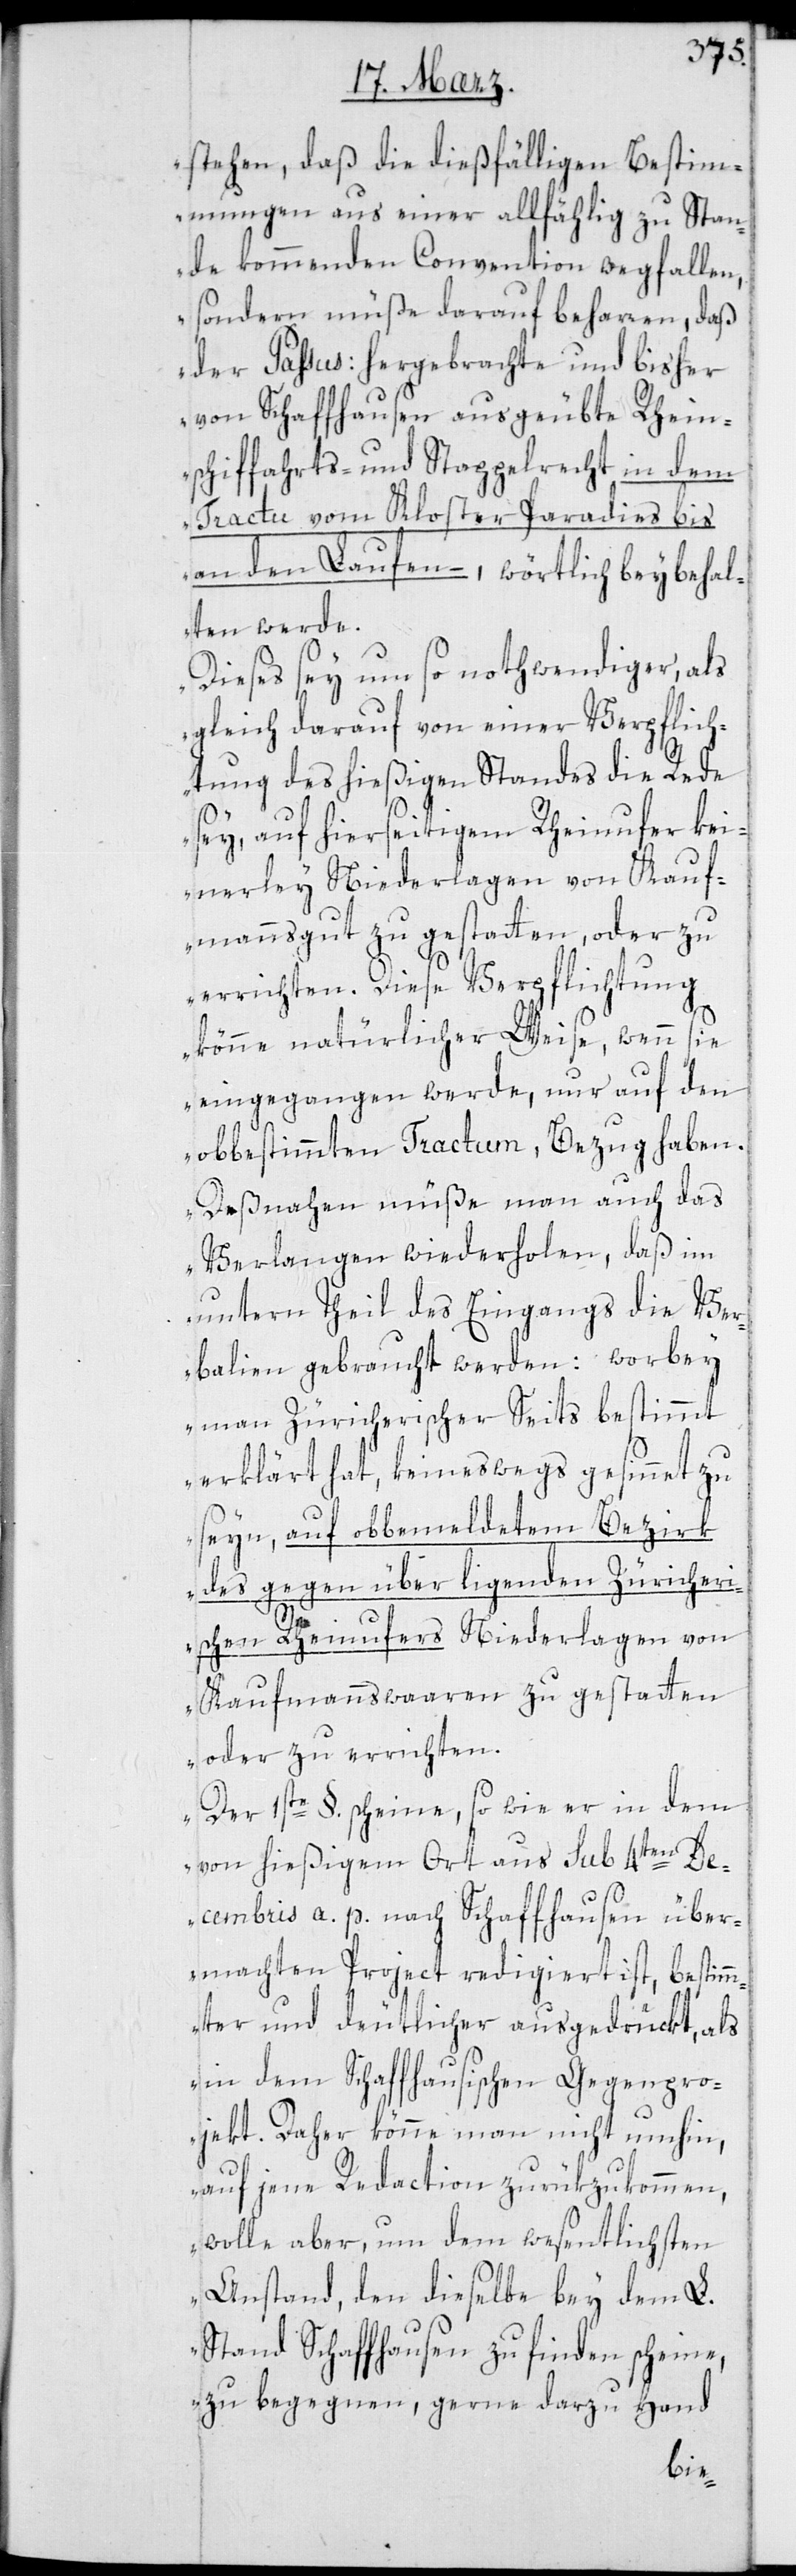
stehen, daß die dießfälligen Bestim¬
mungen aus einer allfählig zustan¬
de kommenden Convention wegfallen,
sondern müße darauf beharren, daß
der Passus: Hergebrachte und bisher
von Schaffhausen ausgeübte Rhein¬
schiffahrts- und Stappelrecht in dem
Tractu vom Kloster Paradies bis
an den Laufen –, wörtlich beibehal¬
ten werde.
Dieses sey um so nothwendiger, als
gleich darauf von einer Verpflich¬
tung des hießigen Standes die Rede
sey, auf hierseitigem Rheinufer kei¬
nerley Niederlagen von Kauf¬
mannsgut zu gestatten, oder zu
errichten. Diese Verpflichtung
könne natürlicher Weise, wenn sie
eingegangen werde, nur auf den
obbestimmten Tractum, Bezug haben.
Deßnahen müße man auch das
Verlangen wiederholen, daß im
untern Theil des Eingangs die Ver¬
balien gebraucht werden: wobei
man Züricherischer Seits bestimmt
erklärt hat, keineswegs gesinnet zu
sein, auf obbemeldetem Bezirk
des gegenüber liegenden Zürcheri¬
schen Rheinufers Niederlagen von
Kaufmannswaaren zu gestatten
oder zu errichten.
Der 1ste §. scheine, so wie er in dem
von hießigem Ort aus sub 4ten D¬
ecembris a. p. nach Schaffhausen über¬
machten Project redigiert ist, bestimm¬
ter und deutlicher ausgedrükt, als
in dem Schaffhausischen Gegenpro¬
jekt. Daher könne man nicht umhin,
auf jene Redaction zurükzukommen,
wolle aber, um dem wesentlichsten
Anstand, den dieselbe bey dem L.
Stand Schaffhausen zu finden scheine,
zu begegnen, gerne darzu Hand